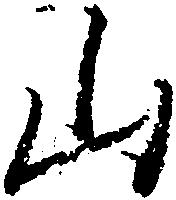
山